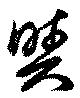
與